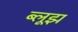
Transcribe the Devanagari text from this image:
ब्लूझ